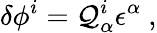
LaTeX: \delta\phi^{i}=\mathcal{Q}_{\alpha}^{i}\epsilon^{\alpha}\ ,